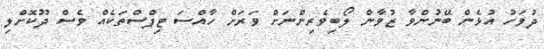
ދުވަހު އުޅެން ބޭނުންވާ ޒުވާން ލޯބިވެރިންނަށް ވަރަށް ހާއްސަ ޓިޕްސްތަކެއް ވެސް ދޫކޮށްލި